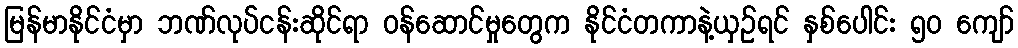
မြန်မာနိုင်ငံမှာ ဘဏ်လုပ်ငန်းဆိုင်ရာ ဝန်ဆောင်မှုတွေက နိုင်ငံတကာနဲ့ယှဉ်ရင် နှစ်ပေါင်း ၅၀ ကျော်